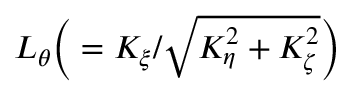
L _ { \theta } \Big ( = K _ { \xi } / \sqrt { K _ { \eta } ^ { 2 } + K _ { \zeta } ^ { 2 } } \Big )